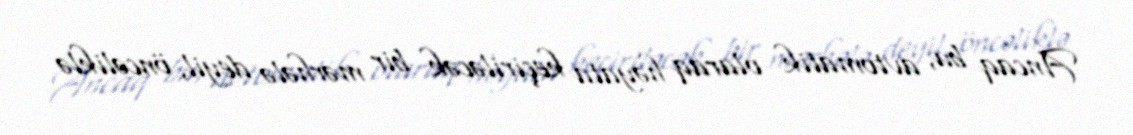
Ancaq bu, avtomatik olaraq həyata keçiriləcək bir mərhələ deyil, öncəliklə